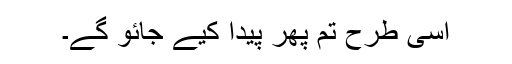
اسی طرح تم پھر پیدا کیے جائو گے۔